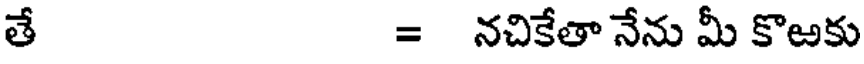
తే = నచికేతా నేను మీ కొఱకు